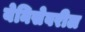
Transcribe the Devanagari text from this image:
येनिसेवरील